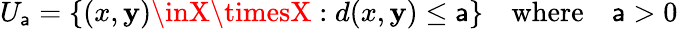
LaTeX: U_{\mathsf{a}}=\{ (x,\mathbf{y})\inX\timesX:d(x,\mathbf{y})\leq\mathsf{a}\} \quad{\mathrm{{where}}}\quad\mathsf{a}>0